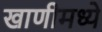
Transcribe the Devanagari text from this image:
खाणीमध्ये